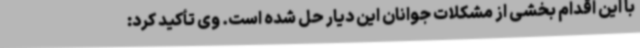
با این اقدام بخشی از مشکلات جوانان این دیار حل شده است. وی تأکید کرد: